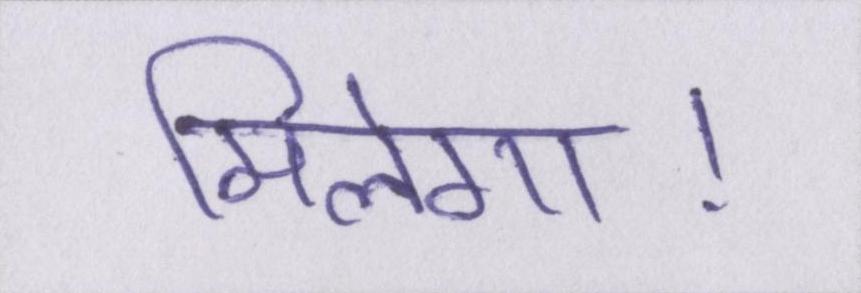
मिलेगा।